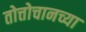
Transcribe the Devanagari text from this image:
तोत्तोचानच्या